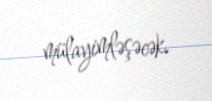
mülayimləşəcək.